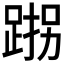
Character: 𮛠